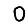
Digit: 0